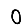
Digit: 0